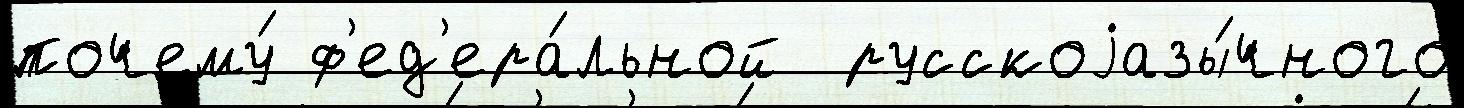
почему́ ф'ед'ера́льной  русскоjазы́чного